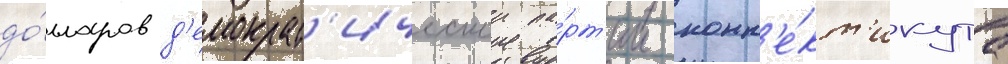
до́лларов д'емократ'ическои па́рт'ии конн'е́кт'икута